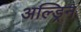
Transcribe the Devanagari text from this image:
अल्ड्रिन